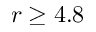
r \ge 4 . 8